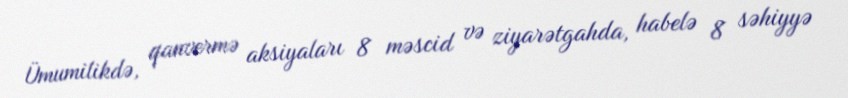
Ümumilikdə, qanvermə aksiyaları 8 məscid və ziyarətgahda, habelə 8 səhiyyə